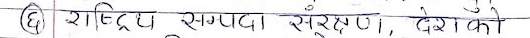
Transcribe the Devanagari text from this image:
(६) राष्ट्रिय सम्पदा संरक्षण देश को